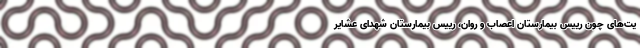
یت‌های چون رییس بیمارستان اعصاب و روان، رییس بیمارستان شهدای عشایر